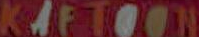
KAFTOON